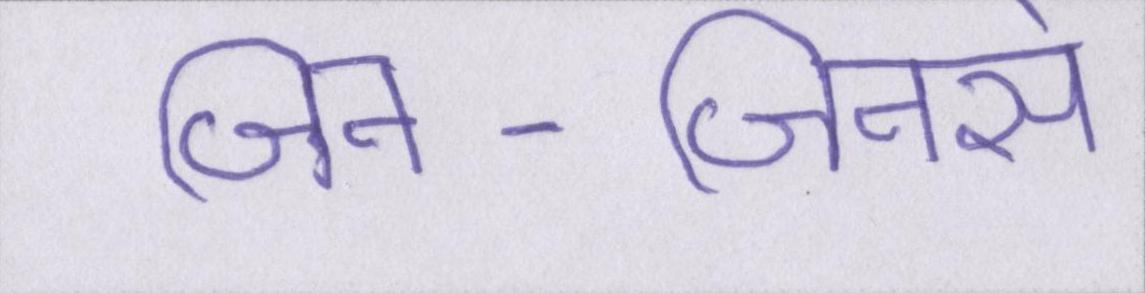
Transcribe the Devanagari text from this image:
जिन-जिनसे